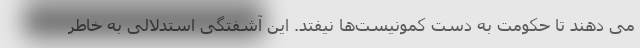
می دهند تا حکومت به دست کمونیست‌ها نیفتد. این آشفتگی استدلالی به خاطر